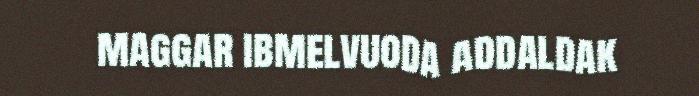
maggar ibmelvuoda addaldak